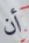
أن